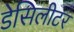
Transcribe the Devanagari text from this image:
डेसिलीटर